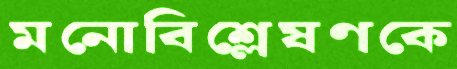
মনোবিশ্লেষণকে